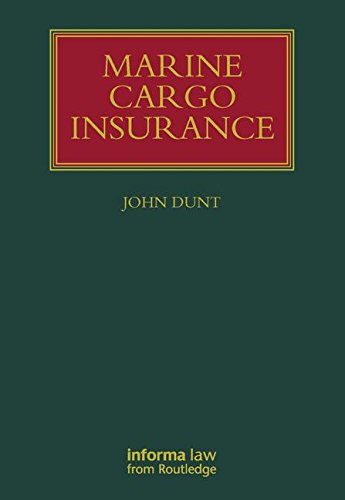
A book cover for Marine Cargo Insurance (Lloyd's Shipping Law Library); John Dunt; Law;